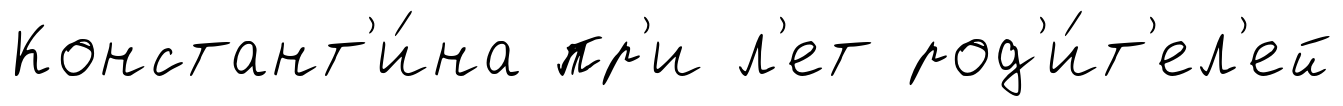
Констант'и́на пр'и л'ет род'и́т'ел'ей